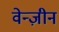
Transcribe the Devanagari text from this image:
वेन्ज़ीन